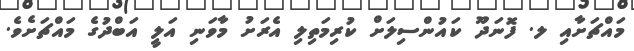
މައްޗަށާއި ލ. ފޮނަދޫ ކައުންސިލަށް ކުރިމަތިލި އެރަށު މާވަނި އަލީ އަބްދުގެ މައްޗަށެވެ.